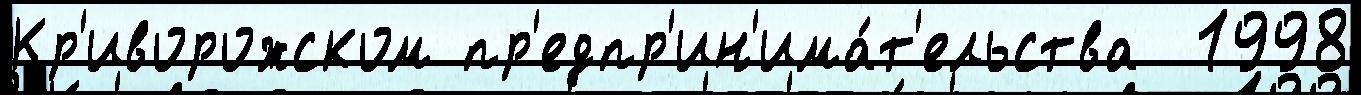
Кр'иворожском пр'едпр'ин'има́т'ельства  1998